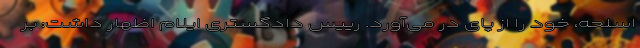
اسلحه، خود را از پای در می‌آورد. رییس دادگستری ایلام اظهار داشت: بر